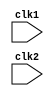
module pipe_MIPS32(clk1, clk2);
    input clk1, clk2; // creating a two phase clock
    reg[31:0] PC, IF_ID_IR, IF_ID_NPC;
    reg[31:0] ID_EX_IR, ID_EX_NPC, ID_EX_A, ID_EX_B, ID_EX_IMM;
    reg[31:0] EX_MEM_IR, EX_MEM_ALUOUT, EX_MEM_B;
    reg[2:0] ID_EX_TYPE,EX_MEM_TYPE, MEM_WB_TYPE;  // these type are the instruction types like Register-register, register-memory like these
    reg EX_MEM_COND;
    reg[31:0] MEM_WB_IR, MEM_WB_ALUOUT, MEM_WB_LMD;

    reg[31:0] REGISTER[0:31];  //register bank of 32 x32
    reg[31:0] MEM[0:1023]; // memory of 1024 x 32

    parameter ADD= 6'b000000, SUB=6'b000001, AND=6'b000010, OR=6'b000011,
    SLT=6'b000100, MUL=6'b000101, HLT=6'b111111, LW=6'b001000, SW=6'b001001, ADDI=6'b001010,
    SUBI=6'b001011, SLTI=6'b001100,
    BNEQZ=6'b001101, BEQZ=6'b001110;

    parameter RR_ALU=3'b000, RM_ALU=3'b001, LOAD=3'b010, STORE=3'b011, 
    BRANCH=3'b100, HALT=3'b101;

    reg HALTED; // set after the HLT instruction iis completed in the WB Stage ie last stage of pipeling
    reg BRANCH_TAKEN; // required to disable instruciton after the branch

    //IF stage
    always @(posedge clk1) begin 
        if(HALTED==0) begin // all this process will occur when halted flag is nt set to q
            if(((EX_MEM_IR[31:26]==BEQZ) && (EX_MEM_COND==1)) || 
             ((EX_MEM_IR[31:26]== BNEQZ) || ( EX_MEM_COND==0))) 
             // this shows when we have tor branch 
            // this condition is that (A==0) where A is the source register 1 ie content of source register is all zero
            // we can branch 1. branch if condition is equal to 1 or brnch if not qual to 0
            // and we also have some condition to fullfill adn double verify the code
             begin 
                IF_ID_IR <= #2 MEM[EX_MEM_ALUOUT];  // here we are not taking next address from PC
                // rather we're taking next instruction from the output of excution stage and from the output of alu
                BRANCH_TAKEN<= #2 1'b1;
                IF_ID_NPC<= #2 EX_MEM_ALUOUT +1; // new oc will be updated to adress we fot from alu output +1
                PC<= #2 EX_MEM_ALUOUT +1;
             end
            else begin 
                IF_ID_IR<= #2 MEM[PC];
                IF_ID_NPC<= #2 PC+1;
                PC<= #2 PC+1;
            end
        end
    end

    // insstruction decode stage
    // in decode we first decode the OPCODE, in this case we have already didi it
    // we prefetch the source and destination registers
    // we're sign extending the 16 bit imm field
    always @(negedge clk2) begin 
        if (HALTED==0) begin 
            if(IF_ID_IR[25:21]==5'b00000) ID_EX_A<=0;  // here we re checking if opcode meant register[0] ehic contains 0,
            // if this conditoin is found be tur, then we directly assign it
            else ID_EX_A <=#2 REGISTER[IF_ID_IR[25:21]]; // loading the value of sources regiser in A
            //"RS1" SRCE REGISTER 1

            if(IF_ID_IR[20:16]== 5'b00000) ID_EX_B<=0; // same happen for B as if A
            else  ID_EX_B<= #2 REGISTER[IF_ID_IR[20:16]]; //"sorce register 2 "B" loaded wih value 
            

            ID_EX_NPC<= #2 IF_ID_NPC;
            ID_EX_IR <= #2 IF_ID_IR;
            ID_EX_IMM <=#2 {{16{IF_ID_IR[15]}}, {IF_ID_IR[15:0]}} ;// SIGN BIT EXTENSION TO MAKE IT 32 BIT LONG
            //here we are replicating sign bit sixteen times which is indicated by the first terem in the bracket==

            case(IF_ID_IR[31:26]) // here we are checking the the meaning of OPCODe, whzt does opcode what to say
            // it meant to explain what does it signify
                ADD, SUB, AND, OR, SLT, MUL: ID_EX_TYPE <= #2 RR_ALU; // register register alu instruction
                ADDI, SUBI, SLTI : ID_EX_TYPE <=#2 RM_ALU; // register memory
                LW: ID_EX_TYPE<= #2 LOAD; // LW MEANS LOAD WORD
                SW: ID_EX_TYPE <=#2 STORE;
                BNEQZ, BEQZ : ID_EX_TYPE <= #2 BRANCH;
                HLT: ID_EX_TYPE <= #2 HALT;
                default: ID_EX_TYPE <= #2 HALT;  // THIS IS THE CASE OF INVALID OPCODE

            endcase
        end
    end

        // now EXECUTION STAGE
        // this is triggered by clock 1

        always @(posedge clk1) begin
            if (HALTED==0) begin 
                EX_MEM_TYPE <= #2 ID_EX_TYPE;
                EX_MEM_IR <= #2 ID_EX_IR;
                BRANCH_TAKEN<= #2 0;

                case(ID_EX_TYPE)
                    RR_ALU: begin 
                        case(ID_EX_IR[31:26]) //OPCODE
                            ADD: EX_MEM_ALUOUT<= ID_EX_A + ID_EX_B;
                            SUB: EX_MEM_ALUOUT<= ID_EX_A - ID_EX_B;
                            AND: EX_MEM_ALUOUT<= ID_EX_A & ID_EX_B;
                            OR: EX_MEM_ALUOUT<= ID_EX_A | ID_EX_B;
                            SLT: EX_MEM_ALUOUT<= ID_EX_A < ID_EX_B;
                            MUL: EX_MEM_ALUOUT<= ID_EX_A * ID_EX_B;
                            default: EX_MEM_ALUOUT<= 32'hxxxxxxxx;


                        endcase
                    end
                    RM_ALU: begin 
                        case(ID_EX_IR[31:26]) //opcode
                            ADDI: EX_MEM_ALUOUT<= ID_EX_A + ID_EX_IMM;
                            SUBI: EX_MEM_ALUOUT<= ID_EX_A - ID_EX_IMM;
                            SLTI: EX_MEM_ALUOUT<= ID_EX_A < ID_EX_IMM;
                            default: EX_MEM_ALUOUT<= 32'hxxxxxxxx;
                            

                        endcase
                    end

                    LOAD, STORE:
                        begin 
                            EX_MEM_ALUOUT <= #2 ID_EX_A + ID_EX_IMM;
                            EX_MEM_B <= #2 ID_EX_B;
                        end
                    
                    BRANCH: begin
                        EX_MEM_ALUOUT <= #2 ID_EX_NPC + ID_EX_IMM;
                        EX_MEM_COND <= #2 (ID_EX_A ==0);
                    end
                    
                endcase
            end 
        end

        //mem stage

        always @(posedge clk2) begin
            if (HALTED==0 )begin 
                MEM_WB_TYPE <=#2 EX_MEM_TYPE; // these paramets are forwarded to next stage
                MEM_WB_IR <= #2 EX_MEM_IR;// this also

                case(EX_MEM_TYPE) 
                    RR_ALU, RM_ALU:
                        MEM_WB_ALUOUT <= #2 EX_MEM_ALUOUT;
                    LOAD: MEM_WB_LMD <= #2 MEM[EX_MEM_ALUOUT];
                    STORE: if(BRANCH_TAKEN==0) begin // DISABEL WRITE when it is o
                            MEM[EX_MEM_ALUOUT] <= #2 EX_MEM_B;
                    end
                endcase
            end
        end

        //WB stage(write back stage)
        always @(posedge clk1) begin 
            if(BRANCH_TAKEN==0 ) begin 
                case(MEM_WB_TYPE==0) // DISABLE WRITE IF BRANCH IS TAKEN
                    RR_ALU: REGISTER[MEM_WB_IR[15:11]] <=#2 MEM_WB_ALUOUT; // "rd"
                    RM_ALU: REGISTER[MEM_WB_IR[20:16]] <= #2 MEM_WB_ALUOUT; //" rt"\
                    LOAD: REGISTER[MEM_WB_IR[20:16]] <= #2 MEM_WB_LMD; // "RT"
                    HALT: HALTED <= #2 1'b1;
                endcase
            end
        end
        
endmodule